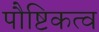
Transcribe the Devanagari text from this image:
पौष्टिकत्व